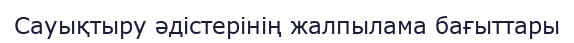
Сауықтыру әдістерінің жалпылама бағыттары